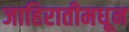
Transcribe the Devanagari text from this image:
जाहिरातीमधून